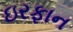
ઇરફાન